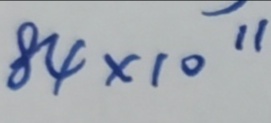
9 . 3 . 8 4 \times 1 0 ^ { 1 1 }